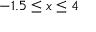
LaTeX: - 1 . 5 \leq x \leq 4